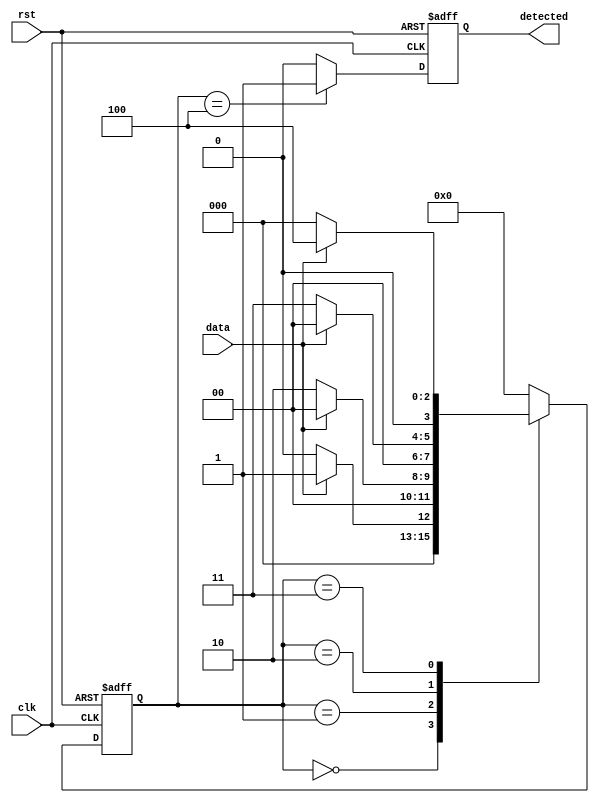
//--
//6.9

`define SYNC_CODE 4'b1001

module sequence_detect (
    input clk, rst,
    input data,
    output reg detected
    );
    
    localparam STATE_IDLE = 0;
    localparam STATE_BIT0 = 1;
    localparam STATE_BIT1 = 2;
    localparam STATE_BIT2 = 3;
    localparam STATE_BIT3 = 4;
    
    reg [3:0] state;
    wire [3:0] detecting_sequence;
    
    assign detecting_sequence = `SYNC_CODE;
    
    always @(posedge clk or negedge rst) begin
        if (!rst) begin
            state <= STATE_IDLE;
        end
        else begin
            case (state)
                STATE_IDLE:
                begin
                    if (data == detecting_sequence[0]) begin
                        state <= STATE_BIT0;
                    end
                    else begin
                        state <= STATE_IDLE;
                    end
                end
                
                STATE_BIT0:
                begin
                    if (data == detecting_sequence[1]) begin
                        state <= STATE_BIT1;
                    end
                    else begin
                        state <= STATE_IDLE;
                    end
                end

                STATE_BIT1:
                begin
                    if (data == detecting_sequence[2]) begin
                        state <= STATE_BIT2;
                    end
                    else begin
                        state <= STATE_IDLE;
                    end
                end

                STATE_BIT2:
                begin
                    if (data == detecting_sequence[3]) begin
                        state <= STATE_BIT3;
                    end
                    else begin
                        state <= STATE_IDLE;
                    end
                end

                STATE_BIT3:
                begin
                    state <= STATE_IDLE;
                end
                
                default:
                begin
                    state <= STATE_IDLE;
                end
            endcase
        end
    end
    
    always @(posedge clk or negedge rst) begin
        if (!rst) begin
            detected <= 1'b0;
        end
        else if (state == STATE_BIT3) begin
            detected <= 1'b1;
        end
        else begin
            detected <= 1'b0;
        end
    end
    
endmodule